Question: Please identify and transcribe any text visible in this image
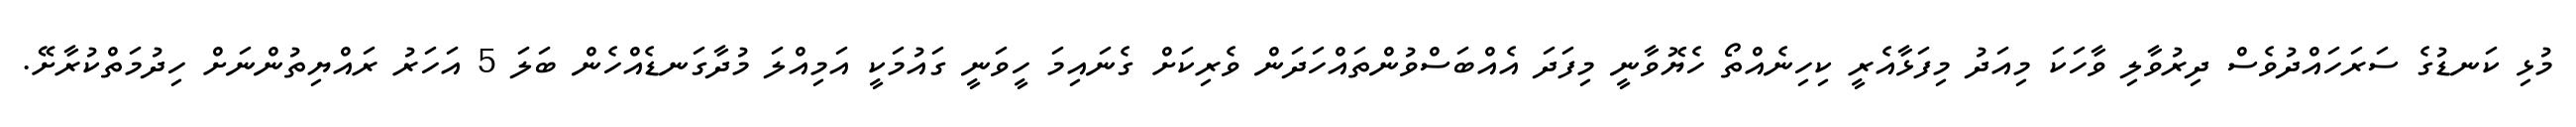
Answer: މުޅި ކަނޑުގެ ސަރަހައްދުވެސް ދިރުވާލި ވާހަކަ މިއަދު މިފަޅާއެރީ ކިހިނެއްތޯ ހެޔޮވާނީ މިފަދަ އެއްބަސްވުންތައްހަދަން ވެރިކަށް ގެނައިމަ ހީވަނީ ގައުމަކީ އަމިއްލަ މުދާގަނޑެއްހެން ބަލަ 5 އަހަރު ރައްޔިތުންނަށް ހިދުމަތްކުރާށޭ.